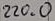
Text: 220.0